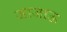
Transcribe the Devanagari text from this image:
जाजाऊ